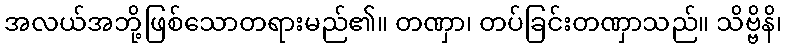
အလယ်အဘို့ဖြစ်သောတရားမည်၏။ တဏှာ၊ တပ်ခြင်းတဏှာသည်။ သိဗ္ဗိနိ၊